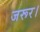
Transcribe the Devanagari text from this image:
जरूर।